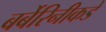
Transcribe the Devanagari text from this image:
बर्बेरिनीकडे